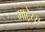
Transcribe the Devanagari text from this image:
माट्रेस्स